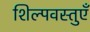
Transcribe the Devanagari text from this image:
शिल्पवस्तुएँ